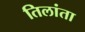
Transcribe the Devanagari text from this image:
तिलांता